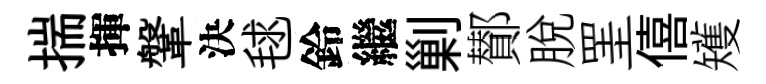
揣揮鞶決毬鈴繼剿鄼脱罣僖矱